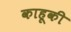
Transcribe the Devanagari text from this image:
काहूकी